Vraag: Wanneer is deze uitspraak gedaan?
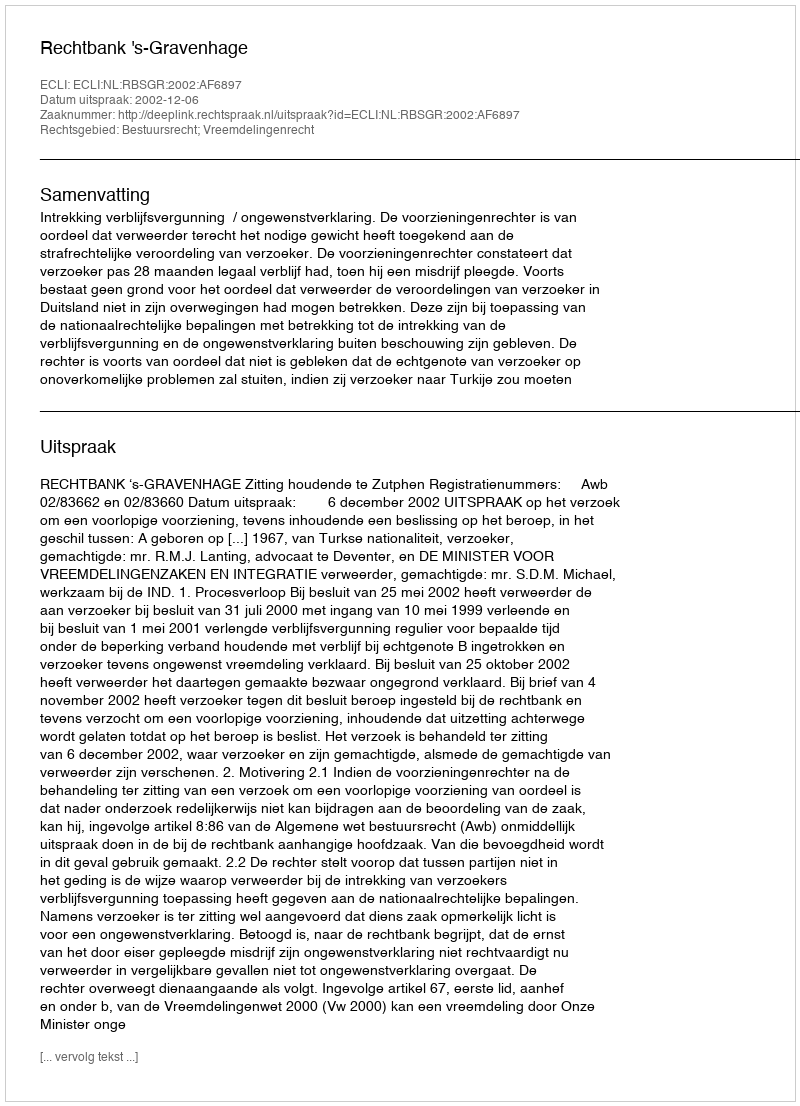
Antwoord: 2002-12-06